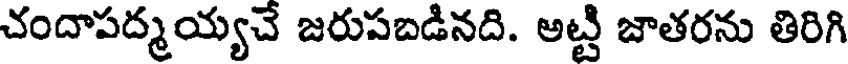
చందాపద్మయ్యచే జరుపబడినది. అట్టి జాతరను తిరిగి